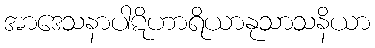
အာဒေသနာပါဋိဟာရိယာနုသာသနိယာ